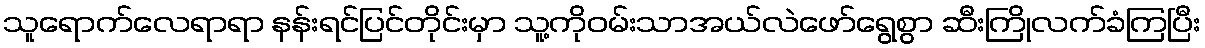
သူရောက်လေရာရာ နန်းရင်ပြင်တိုင်းမှာ သူ့ကိုဝမ်းသာအယ်လဲဖော်ရွေစွာ ဆီးကြိုလက်ခံကြပြီး